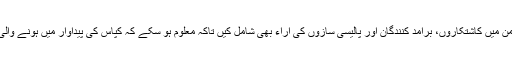
سعید بلوچ نے اپنے مضمون میں اس مسئلے پر تفصیل سے روشنی ڈالی اور اس ضمن میں کاشتکاروں، برآمد کنندگان اور پالیسی سازوں کی آراء بھی شامل کیں تاکہ معلوم ہو سکے کہ کپاس کی پیداوار میں ہونے والی یہ کمی موسمی حالات کے باعث تھی یا اس کی وجہ بیجوں کا میعاری نہ ہونا تھا۔